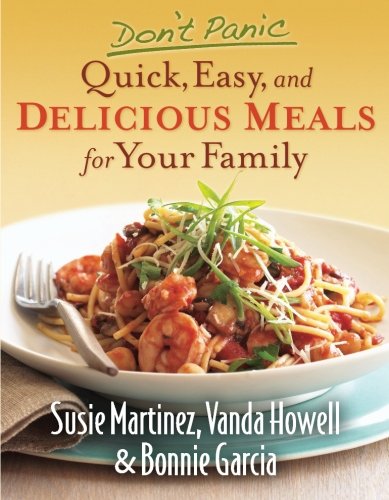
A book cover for Don't Panic--Quick, Easy, and Delicious Meals for Your Family; Susie Martinez; Cookbooks, Food & Wine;